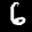
Label: 6